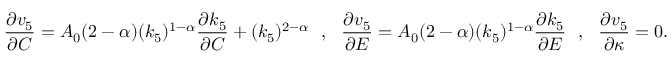
\frac { \partial v _ { 5 } } { \partial C } = A _ { 0 } ( 2 - \alpha ) ( k _ { 5 } ) ^ { 1 - \alpha } \frac { \partial k _ { 5 } } { \partial C } + ( k _ { 5 } ) ^ { 2 - \alpha } ~ ~ , ~ ~ \frac { \partial v _ { 5 } } { \partial E } = A _ { 0 } ( 2 - \alpha ) ( k _ { 5 } ) ^ { 1 - \alpha } \frac { \partial k _ { 5 } } { \partial E } ~ ~ , ~ ~ \frac { \partial v _ { 5 } } { \partial \kappa } = 0 .